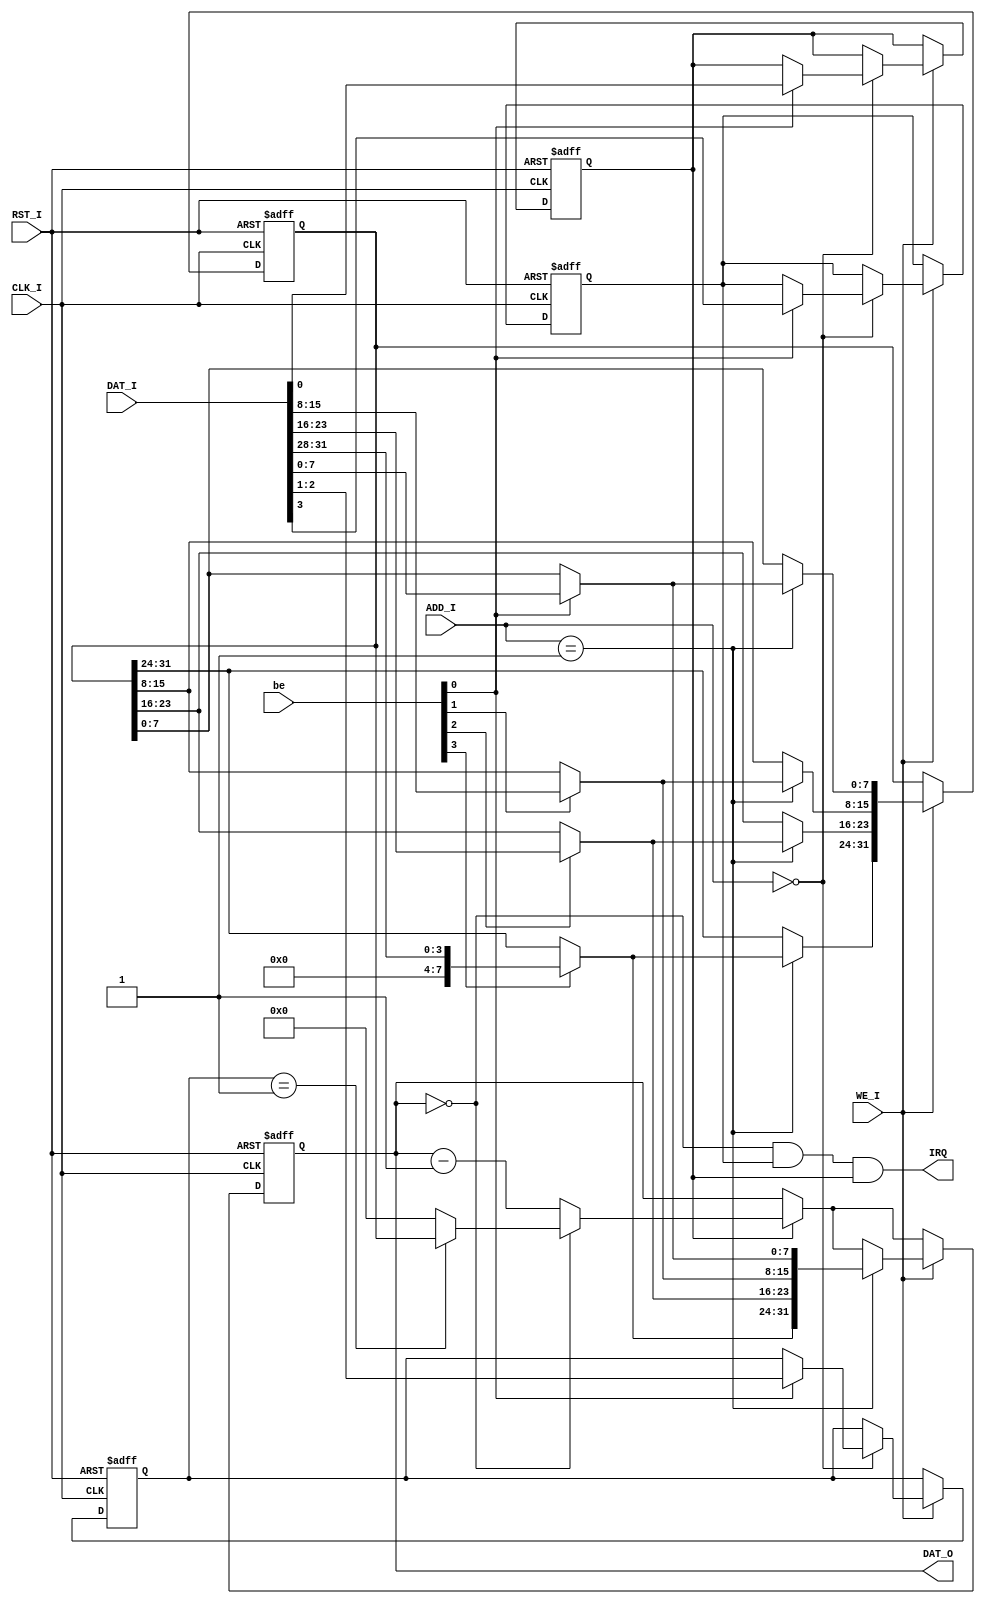

module timecounter(CLK_I, RST_I, ADD_I, WE_I, DAT_I, DAT_O, IRQ, be);
    input CLK_I, RST_I;
    input [3:2] ADD_I;
	input WE_I;
	input [31:0] DAT_I;
	input [3:0] be;
	output [31:0] DAT_O;
	output IRQ;
	//reload:4 int_mask:3  mode:2~1 enable:0
	reg reload;
	reg int_mask;
	reg [2:1] mode;
	reg enable;
	
	reg [31:0] preset;
	reg [31:0] count;
	
	assign DAT_O = count;
	assign IRQ = (count == 0 && int_mask && enable);
	
	always@(posedge CLK_I or posedge RST_I)
	begin
	    if(RST_I)
		begin
		    int_mask = 0;
			mode = 2'b00;
			enable = 0;
			
			preset = 32'b0;
			count = 32'b0;
		end
		
		else
		begin
			
			if(enable)	
			begin
			    if(count == 0)
				    if(mode == 2'b01)
					    count = preset;
					else
					    count = 0;
				else
				    count = count-1;
			end
			
			if(WE_I)
				case(ADD_I)
					2'b00:	begin//ctrl reg
								if(be[0])
								begin
									reload = DAT_I[4];
									int_mask = DAT_I[3];
									mode = DAT_I[2:1];
									enable = DAT_I[0];
								end
							end
					
					2'b01: 	begin
								if(be[3])
									preset[31:24] = DAT_I[31:28];
								if(be[2])
									preset[23:16] = DAT_I[23:16];
								if(be[1])
									preset[15:8] = DAT_I[15:8];
								if(be[0])
									preset[7:0] = DAT_I[7:0];
								
								count = preset;
							end
				endcase
		end
	end

endmodule